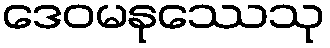
ဒေဝမနုဿေသု